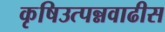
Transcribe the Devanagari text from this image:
कृषिउत्पन्नवाढीस